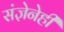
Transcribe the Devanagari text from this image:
संज्ञेनेही